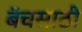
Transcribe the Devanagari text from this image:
बॅचसाठी